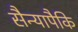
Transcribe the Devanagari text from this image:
सैन्यापैकि